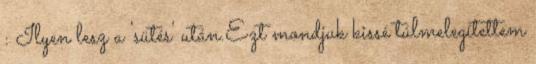
: Ilyen lesz a 'sütés' után.Ezt mondjuk kissé túlmelegítettem